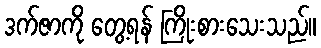
ဒက်ဇာကို တွေ့ရန် ကြိုးစားသေးသည်။